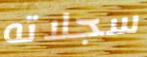
سجلاته